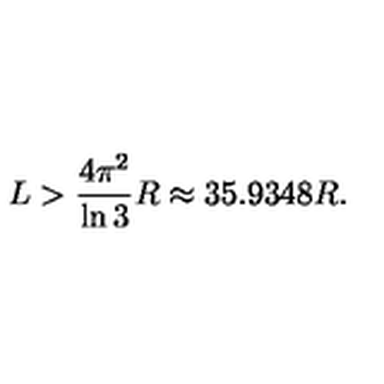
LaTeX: L > { \frac { 4 \pi ^ { 2 } } { \ln { 3 } } } R \approx 3 5 . 9 3 4 8 R .